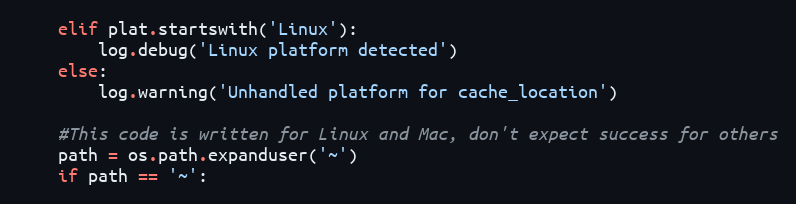
Language: Python
    elif plat.startswith('Linux'):
        log.debug('Linux platform detected')
    else:
        log.warning('Unhandled platform for cache_location')

    #This code is written for Linux and Mac, don't expect success for others
    path = os.path.expanduser('~')
    if path == '~':